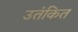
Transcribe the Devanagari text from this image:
उतंकित